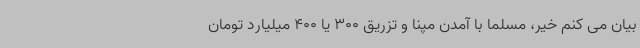
بیان می کنم خیر، مسلما با آمدن مپنا و تزریق 300 یا 400 میلیارد تومان